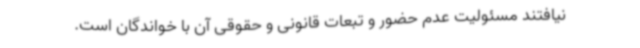
نیافتند مسئولیت عدم حضور و تبعات قانونی و حقوقی آن با خواندگان است.